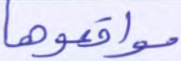
مواقعوها